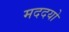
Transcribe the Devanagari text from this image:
मददयो